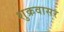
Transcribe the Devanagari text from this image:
शुक्रवासर